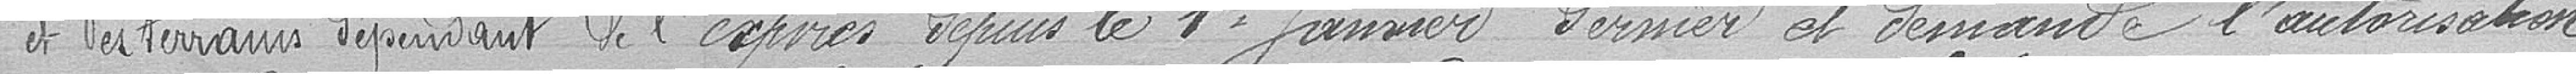
et des terrains dépendant de l' expirés depuis le 1er Janvier dernier et demande l'autorisation